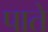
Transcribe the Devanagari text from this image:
पाते